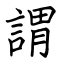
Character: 謂